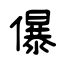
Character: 儤